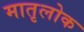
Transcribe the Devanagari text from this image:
मातृलोक